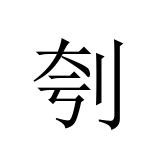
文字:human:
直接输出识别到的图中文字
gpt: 刳